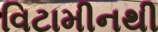
વિટામીનથી